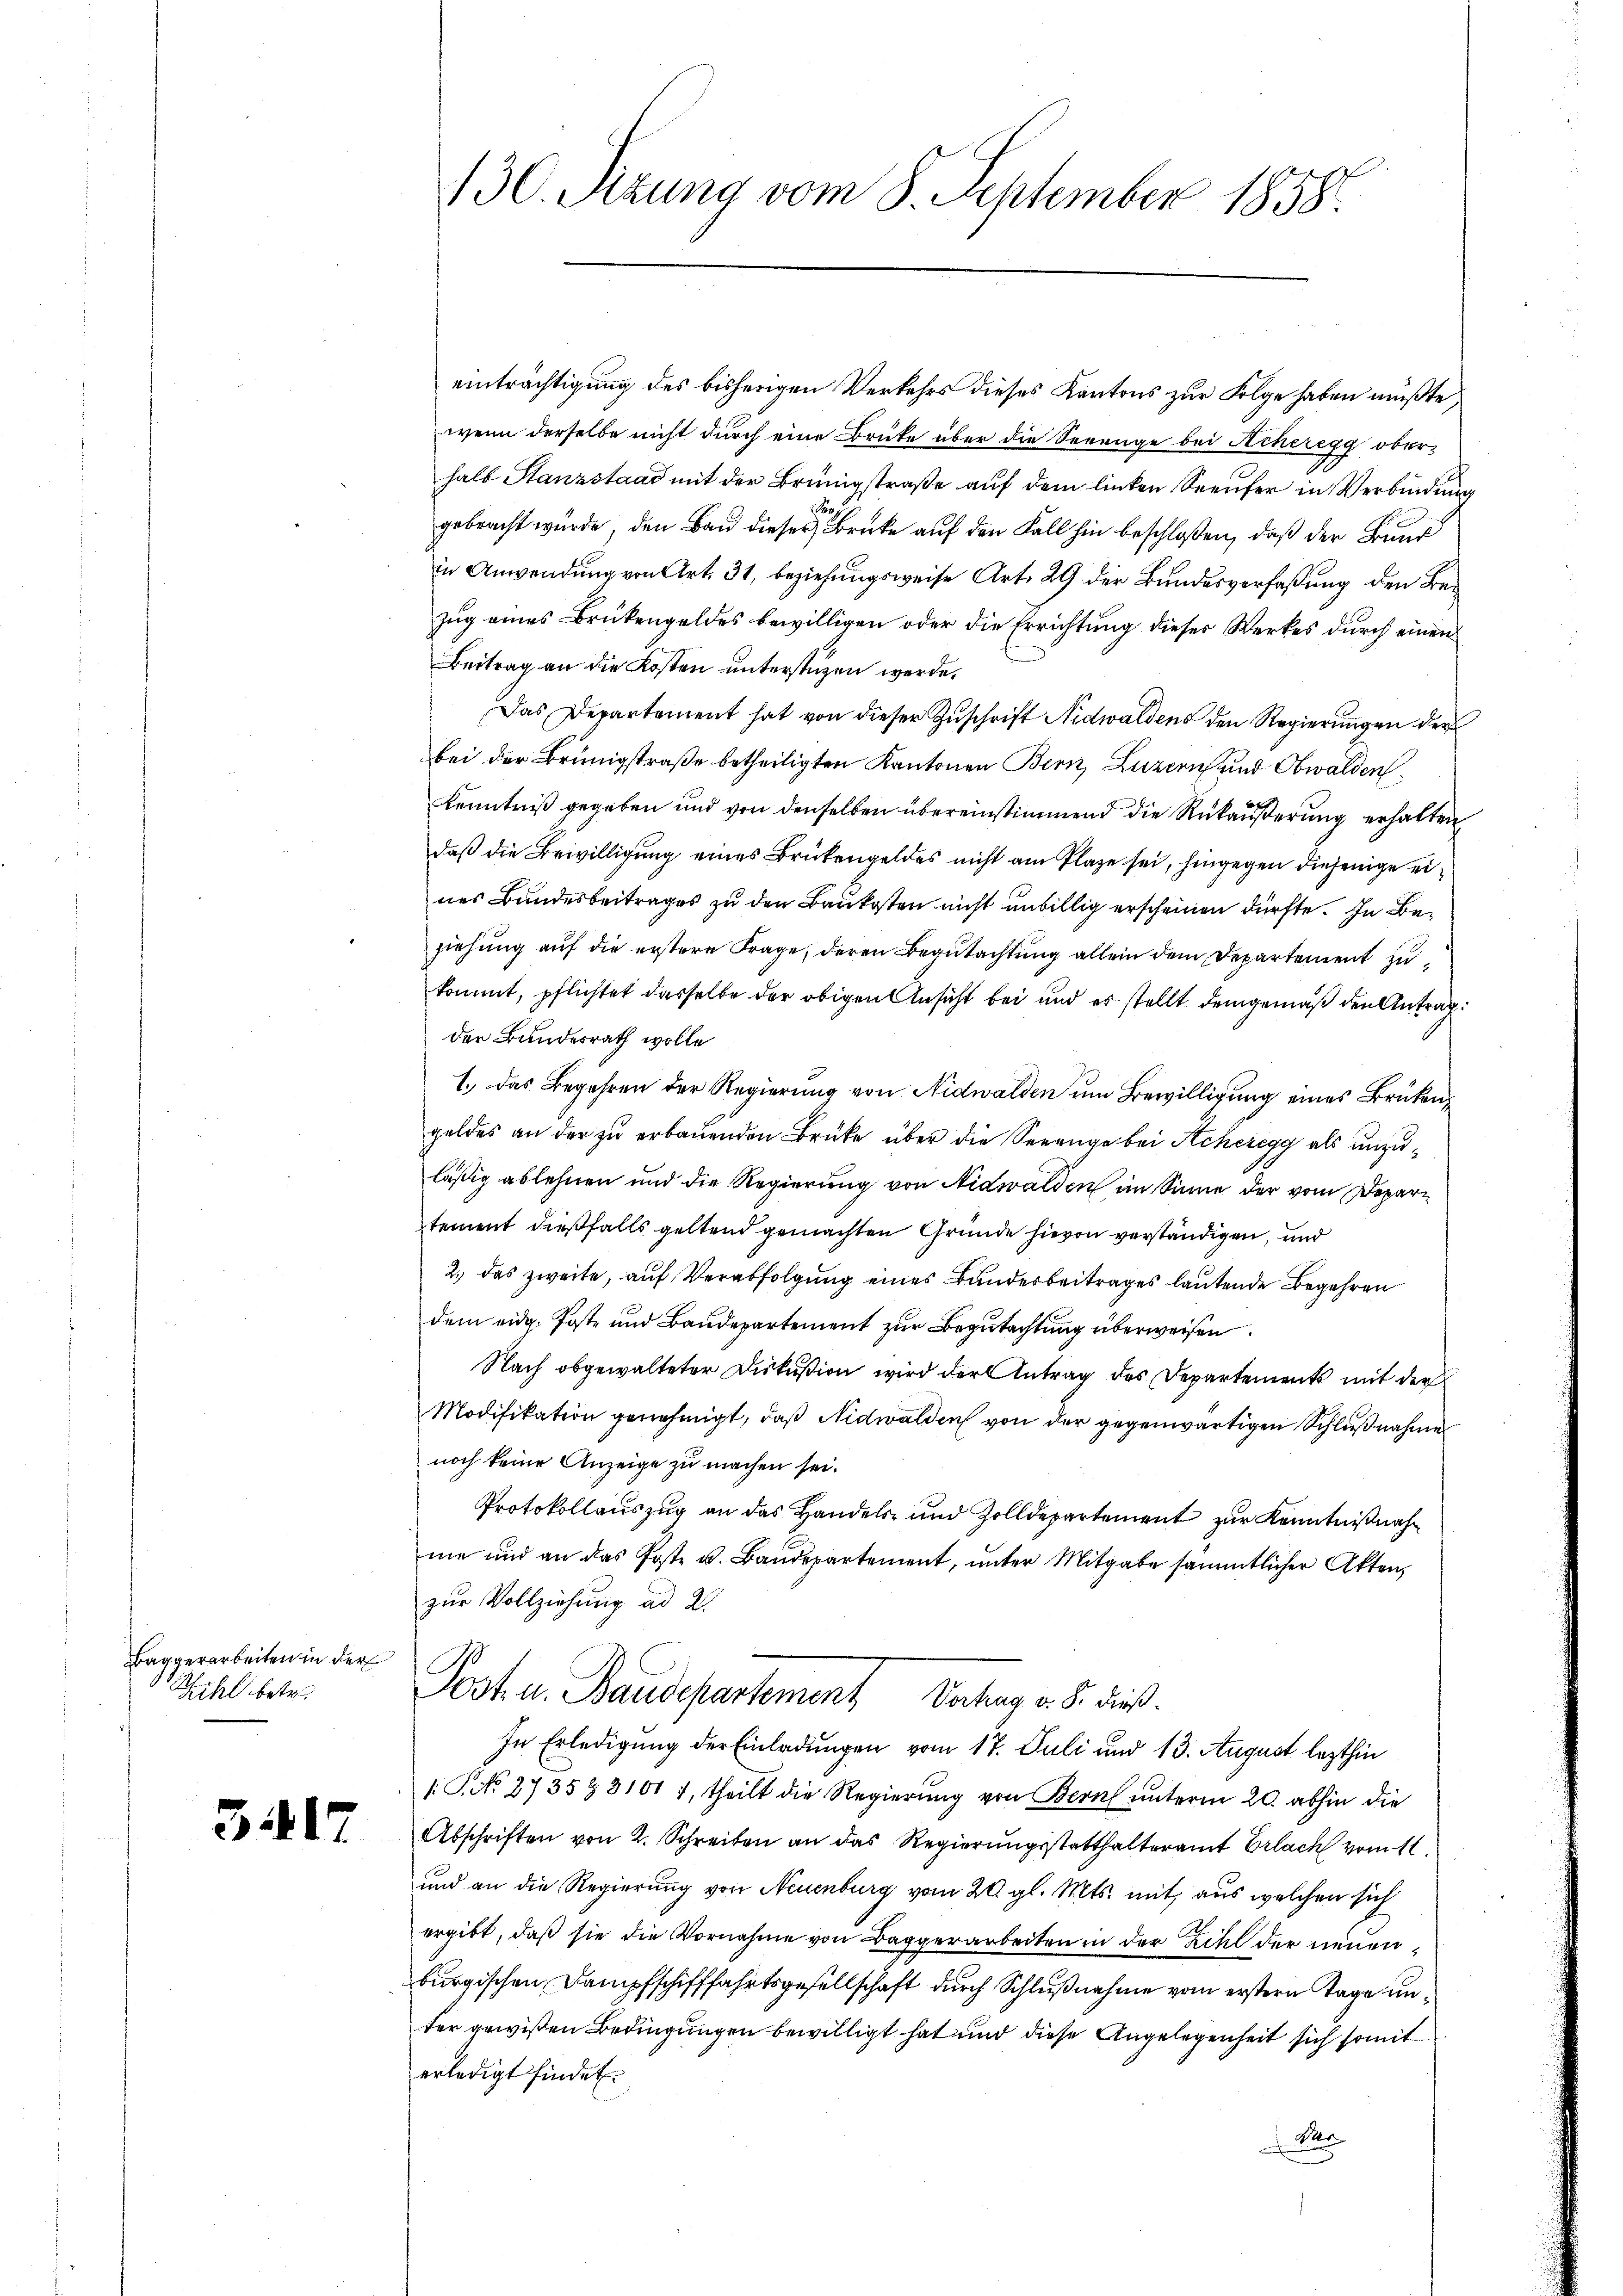
Baggerarbeiten in der
Sihl betr.

3417

einträchtigung des bisherigen Verkehrs dieses Kantons zur Folge haben müßte
wenn derselbe nicht durch eine Brüke über die Seeenge bei Acheregg oberhalb Stanzstand mit der Brünigstraße auf dem linken Seeufer in Verbindung
gebracht wurde, den Bau dieser Brücke auf den Fall hin beschloßen, daß der Bund
in Anwendung von Art. 31, beziehungsweise Art. 29 der Bundesverfaßung den Bezug eines Brükengeldes bewilligen oder die Errichtung dieses Werkes durch einen
Beitrag an die Kosten unterstüzen werde.
Das Departement hat von dieser Zŭschrift Nidwaldens den Regierungen der
bei der Brünigstraße betheiligten Kantonen Bern, Luzern und Obwalden
Kenntniß gegeben und von denselben übereinstimmend die Rükäußerung erhalten,
daß die Bewilligung eines Brükengeldes nicht am Plaze sei, hingegen diejenige eines Bundesbeitrages zu den Baukosten nicht unbillig erscheinen dürfte. In Beziehung auf die erstere Frage, deren Begutachtung allein dem Departement zukommt, pflichtet dasselbe der obigen Ansicht bei und es stellt demgemäß den Antrag:
der Bundesrath wolle
1.) Das Begehren der Regierung von Nidwalden um Bewilligung eines Brükengeldes an der zŭ erbauenden Brüke über die Serenge bei Scheregg als unzuläßig ablehnen und die Regierung von Nidwalden im Sinne der vom Depari
tement dießfalls geltend gemachten Gründe hievon verständigen, und
2.) das zweite, auf Verabfolgung eines Bundesbeitrages lautende Begehren
dem eidg. Poste und Baudepartement zur Begutachtung überweisen.
Nach obgewalteter Diskußion wird der Antrag des Departements mit der
Modifikation genehmigt, daß Nidwalden von der gegenwärtigen Schlußnahme
noch keine Anzeige zu machen sei.
Protokollauszug an das Handels- und Zolldepartement zur Kenntnißnahme und an das Poste u. Baudepartement, unter Mitgabe sämmtlicher Akten,
zur Vollziehung ad 2.
Post u. Baudepartement Vertrag v. S. dieß.
In Erledigung der Einladungen vom 17. Juli und 13. August lezthin
1: P. No. 2735 § 31017, theilt die Regierung von Bern unterm 20. abhin die
Abschriften von 2. Schreiben an das Regierungsstatthalteramt Erlach vom 11.
und an die Regierung von Neuenburg vom 20. gl. Mts. mit aus welchen sich
ergibt, daß sie die Vornahme von Baggerarbeiten in der Zihl der neuenburgischen Dampfschifffahrtsgesellschaft durch Schlußnahme vom erstern Tage unter gewißen Bedingungen bewilligt hat und diese Angelegenheit sich somit
erledigt findet.
Mer

130. Sizung vom 8. September 1858.